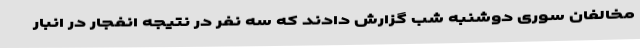
مخالفان سوری دوشنبه شب گزارش دادند که سه نفر در نتیجه انفجار در انبار